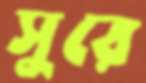
সুরে